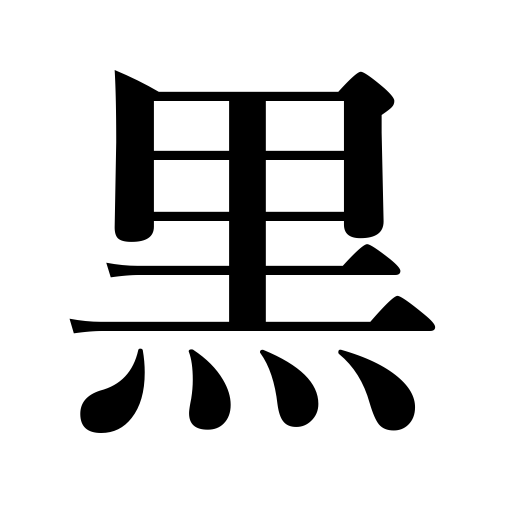
Meanings: dark,browned,black,dirty,swarthy